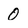
Character: 0